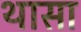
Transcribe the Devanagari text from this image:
थासा